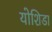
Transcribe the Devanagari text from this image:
योशिडा